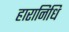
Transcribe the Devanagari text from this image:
हारानिधि